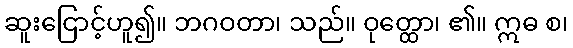
ဆူးငြောင့်ဟူ၍။ ဘဂဝတာ၊ သည်။ ဝုတ္ထော၊ ၏။ ဣဓ စ၊